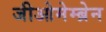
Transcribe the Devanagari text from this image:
जीओमेम्ब्रेन